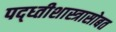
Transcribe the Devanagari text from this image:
पद्ध्तीशास्त्रासोबत